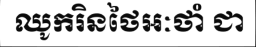
ឈូករិនថៃអៈថាំ ជា